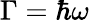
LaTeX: \Gamma=\hbar\omega